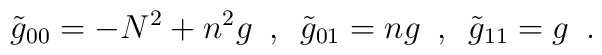
\tilde g_{00} =  -N^2 + n^2g \,\,\, , \,\,\,\tilde g_{01} = ng  \,\,\, , \,\,\,\tilde g_{11} = g \,\,\, .